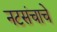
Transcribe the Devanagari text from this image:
नटसंचाचे